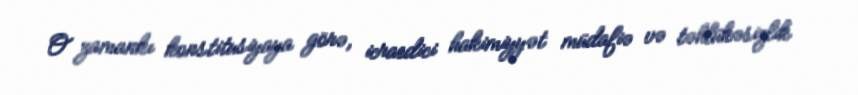
O zamankı konstitusiyaya görə, icraedici hakimiyyət müdafiə və təhlükəsizlik